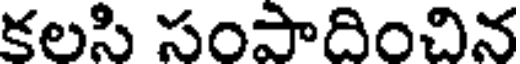
కలసి సంపాదించిన